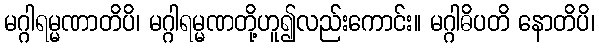
မဂ္ဂါရမ္မဏာတိပိ၊ မဂ္ဂါရမ္မဏတို့ဟူ၍လည်းကောင်း။ မဂ္ဂါဓိပတိ နောတိပိ၊